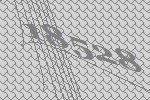
18528